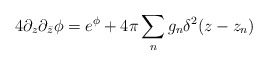
\begin{align*}4 \partial_z \partial_{\bar z}\phi = e^{\phi} +4\pi\sum_n g_n\delta^2(z-z_n)\end{align*}